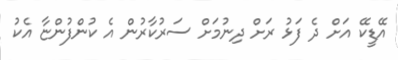
އޭޑީކޭ އަށް ދެ ފަޅު ރަށް ދިނުމަށް ސަރުކާރުން އެ ކުންފުންޏާ އެކު